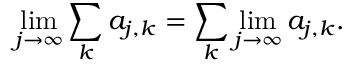
\operatorname* { l i m } _ { j \to \infty } \sum _ { k } a _ { j , k } = \sum _ { k } \operatorname* { l i m } _ { j \to \infty } a _ { j , k } .